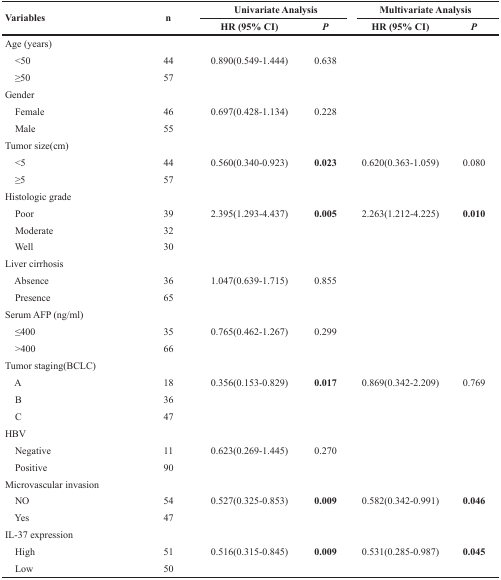
<table><thead><tr><td rowspan="2"><b>Variables</b></td><td rowspan="2"><b>n</b></td><td colspan="2"><b>Univariate Analysis</b></td><td colspan="2"><b>Multivariate Analysis</b></td></tr><tr><td><b>HR (95% CI)</b></td><td><b><i>P</i></b></td><td><b>HR (95% CI)</b></td><td><b><i>P</i></b></td></tr></thead><tbody><tr><td>Age (years)</td><td>[EMPTY_CELL]</td><td>[EMPTY_CELL]</td><td>[EMPTY_CELL]</td><td>[EMPTY_CELL]</td><td>[EMPTY_CELL]</td></tr><tr><td> &lt;50</td><td>44</td><td>0.890(0.549-1.444)</td><td>0.638</td><td>[EMPTY_CELL]</td><td>[EMPTY_CELL]</td></tr><tr><td> ≥50</td><td>57</td><td>[EMPTY_CELL]</td><td>[EMPTY_CELL]</td><td>[EMPTY_CELL]</td><td>[EMPTY_CELL]</td></tr><tr><td>Gender</td><td>[EMPTY_CELL]</td><td>[EMPTY_CELL]</td><td>[EMPTY_CELL]</td><td>[EMPTY_CELL]</td><td>[EMPTY_CELL]</td></tr><tr><td> Female</td><td>46</td><td>0.697(0.428-1.134)</td><td>0.228</td><td>[EMPTY_CELL]</td><td>[EMPTY_CELL]</td></tr><tr><td> Male</td><td>55</td><td>[EMPTY_CELL]</td><td>[EMPTY_CELL]</td><td>[EMPTY_CELL]</td><td>[EMPTY_CELL]</td></tr><tr><td>Tumor size(cm)</td><td>[EMPTY_CELL]</td><td>[EMPTY_CELL]</td><td>[EMPTY_CELL]</td><td>[EMPTY_CELL]</td><td>[EMPTY_CELL]</td></tr><tr><td> &lt;5</td><td>44</td><td>0.560(0.340-0.923)</td><td><b>0.023</b></td><td>0.620(0.363-1.059)</td><td>0.080</td></tr><tr><td> ≥5</td><td>57</td><td>[EMPTY_CELL]</td><td>[EMPTY_CELL]</td><td>[EMPTY_CELL]</td><td>[EMPTY_CELL]</td></tr><tr><td>Histologic grade</td><td>[EMPTY_CELL]</td><td>[EMPTY_CELL]</td><td>[EMPTY_CELL]</td><td>[EMPTY_CELL]</td><td>[EMPTY_CELL]</td></tr><tr><td> Poor</td><td>39</td><td>2.395(1.293-4.437)</td><td><b>0.005</b></td><td>2.263(1.212-4.225)</td><td><b>0.010</b></td></tr><tr><td> Moderate</td><td>32</td><td>[EMPTY_CELL]</td><td>[EMPTY_CELL]</td><td>[EMPTY_CELL]</td><td>[EMPTY_CELL]</td></tr><tr><td> Well</td><td>30</td><td>[EMPTY_CELL]</td><td>[EMPTY_CELL]</td><td>[EMPTY_CELL]</td><td>[EMPTY_CELL]</td></tr><tr><td>Liver cirrhosis</td><td>[EMPTY_CELL]</td><td>[EMPTY_CELL]</td><td>[EMPTY_CELL]</td><td>[EMPTY_CELL]</td><td>[EMPTY_CELL]</td></tr><tr><td> Absence</td><td>36</td><td>1.047(0.639-1.715)</td><td>0.855</td><td>[EMPTY_CELL]</td><td>[EMPTY_CELL]</td></tr><tr><td> Presence</td><td>65</td><td>[EMPTY_CELL]</td><td>[EMPTY_CELL]</td><td>[EMPTY_CELL]</td><td>[EMPTY_CELL]</td></tr><tr><td>Serum AFP (ng/ml)</td><td>[EMPTY_CELL]</td><td>[EMPTY_CELL]</td><td>[EMPTY_CELL]</td><td>[EMPTY_CELL]</td><td>[EMPTY_CELL]</td></tr><tr><td> ≤400</td><td>35</td><td>0.765(0.462-1.267)</td><td>0.299</td><td>[EMPTY_CELL]</td><td>[EMPTY_CELL]</td></tr><tr><td> &gt;400</td><td>66</td><td>[EMPTY_CELL]</td><td>[EMPTY_CELL]</td><td>[EMPTY_CELL]</td><td>[EMPTY_CELL]</td></tr><tr><td>Tumor staging(BCLC)</td><td>[EMPTY_CELL]</td><td>[EMPTY_CELL]</td><td>[EMPTY_CELL]</td><td>[EMPTY_CELL]</td><td>[EMPTY_CELL]</td></tr><tr><td> A</td><td>18</td><td>0.356(0.153-0.829)</td><td><b>0.017</b></td><td>0.869(0.342-2.209)</td><td>0.769</td></tr><tr><td> B</td><td>36</td><td>[EMPTY_CELL]</td><td>[EMPTY_CELL]</td><td>[EMPTY_CELL]</td><td>[EMPTY_CELL]</td></tr><tr><td> C</td><td>47</td><td>[EMPTY_CELL]</td><td>[EMPTY_CELL]</td><td>[EMPTY_CELL]</td><td>[EMPTY_CELL]</td></tr><tr><td>HBV</td><td>[EMPTY_CELL]</td><td>[EMPTY_CELL]</td><td>[EMPTY_CELL]</td><td>[EMPTY_CELL]</td><td>[EMPTY_CELL]</td></tr><tr><td> Negative</td><td>11</td><td>0.623(0.269-1.445)</td><td>0.270</td><td>[EMPTY_CELL]</td><td>[EMPTY_CELL]</td></tr><tr><td> Positive</td><td>90</td><td>[EMPTY_CELL]</td><td>[EMPTY_CELL]</td><td>[EMPTY_CELL]</td><td>[EMPTY_CELL]</td></tr><tr><td>Microvascular invasion</td><td>[EMPTY_CELL]</td><td>[EMPTY_CELL]</td><td>[EMPTY_CELL]</td><td>[EMPTY_CELL]</td><td>[EMPTY_CELL]</td></tr><tr><td> NO</td><td>54</td><td>0.527(0.325-0.853)</td><td><b>0.009</b></td><td>0.582(0.342-0.991)</td><td><b>0.046</b></td></tr><tr><td> Yes</td><td>47</td><td>[EMPTY_CELL]</td><td>[EMPTY_CELL]</td><td>[EMPTY_CELL]</td><td>[EMPTY_CELL]</td></tr><tr><td>IL-37 expression</td><td>[EMPTY_CELL]</td><td>[EMPTY_CELL]</td><td>[EMPTY_CELL]</td><td>[EMPTY_CELL]</td><td>[EMPTY_CELL]</td></tr><tr><td> High</td><td>51</td><td>0.516(0.315-0.845)</td><td><b>0.009</b></td><td>0.531(0.285-0.987)</td><td><b>0.045</b></td></tr><tr><td> Low</td><td>50</td><td>[EMPTY_CELL]</td><td>[EMPTY_CELL]</td><td>[EMPTY_CELL]</td><td>[EMPTY_CELL]</td></tr></tbody></table>